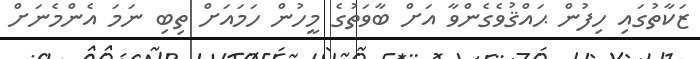
ޒަކާތުގައި ހިފުން ޙައްޤުވެގެންވާ އަށް ބާވަތުގެ މީހުން ހަމައަށް ތިބި ނަމަ އެންމެނަށް